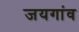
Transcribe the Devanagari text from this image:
जयगांव